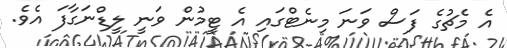
އެ މެޗުގެ ފަސް ވަނަ މިނެޓްގައި އެ ޓީމުން ވަނީ ލީޑްނަގާފަ އެވެ.